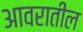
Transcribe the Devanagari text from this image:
आवरातील